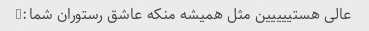
عالی هستییییین مثل همیشه منکه عاشق رستوران شما:)